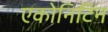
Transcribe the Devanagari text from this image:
एकोनिटिन